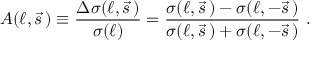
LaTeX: A ( \ell , \vec { s } \, ) \equiv \frac { \Delta \sigma ( \ell , \vec { s } \, ) } { \sigma ( \ell ) } = \frac { \sigma ( \ell , \vec { s } \, ) - \sigma ( \ell , - \vec { s } \, ) } { \sigma ( \ell , \vec { s } \, ) + \sigma ( \ell , - \vec { s } \, ) } \ .